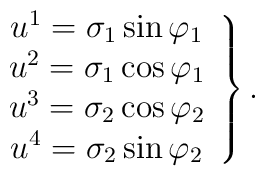
\left.\begin{array}{c}u^1=\sigma _1\sin \varphi _1 \\u^2=\sigma _1\cos \varphi _1 \\u^3=\sigma _2\cos \varphi _2 \\u^4=\sigma _2\sin \varphi _2\end{array}\right\} .